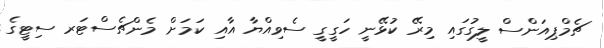
ޗެމްޕިއަންސް ލީގުގައި މިރޭ ކުޅޭނީ ހަގީގީ ސެވިއްޔާ އާއި ކަމަށް މެންޗެސްޓަރ ސިޓީގެ